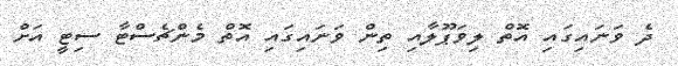
ދެ ވަނައިގައި އޮތް ލިވަޕޫލާއި ތިން ވަނައިގައި އޮތް މެންޗެސްޓާ ސިޓީ އަށް